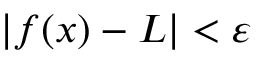
| f ( x ) - L | < \varepsilon